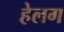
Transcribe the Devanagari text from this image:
हेलग